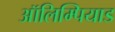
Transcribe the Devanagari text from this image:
ऑलिम्पियाड